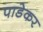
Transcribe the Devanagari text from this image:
पाडेकर